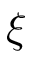
\boldsymbol { \xi }